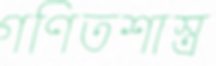
গণিতশাস্ত্র